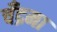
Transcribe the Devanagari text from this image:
चँद्रमा